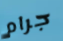
جرام